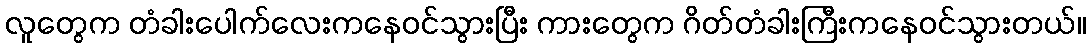
လူတွေက တံခါးပေါက်လေးကနေဝင်သွားပြီး ကားတွေက ဂိတ်တံခါးကြီးကနေဝင်သွားတယ်။